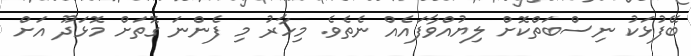
ބޭފުޅަކު ނިސްބަތްކޮށް ލިޔުއްވާފައެއް ނެތެވެ. މިހާރު މި ފެންނަ ގޮތަށް މޮޅަދޫ އަށް